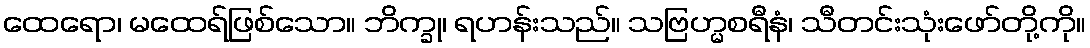
ထေရော၊ မထေရ်ဖြစ်သော။ ဘိက္ခု၊ ရဟန်းသည်။ သဗြဟ္မစရီနံ၊ သီတင်းသုံးဖော်တို့ကို။